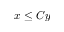
x \le C y